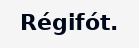
Régifót.